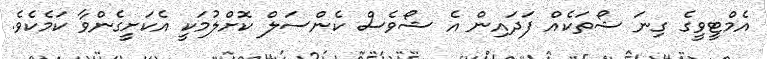
އެމްޓީވީގެ ގިނަ ޝޯތަކެއް ފަދައިން އެ ޝޯވެސް ކެންސަލް ކޮށްލުމަކީ އެކަށީގެންވާ ކަމެކެވެ.